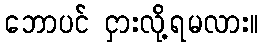
ဘောပင် ငှားလို့ရမလား။